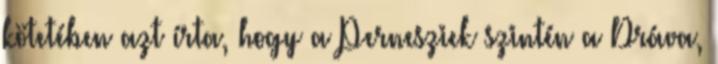
kötetében azt írta, hogy a Pernesziek szintén a Dráva,